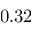
0 . 3 2